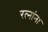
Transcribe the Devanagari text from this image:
रत्‍नांना